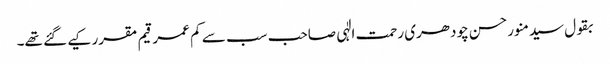
بقول سیدمنورحسن چودھری رحمت الٰہی صاحب سب سے کم عمر قیم مقرر کیے گئے تھے۔